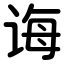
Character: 诲